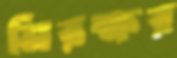
নিরক্ষর